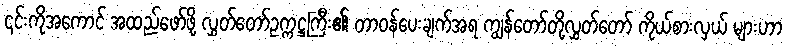
၎င်းကိုအကောင် အထည်ဖော်ဖို့ လွှတ်တော်ဥက္ကဋ္ဌကြီး၏ တာဝန်ပေးချက်အရ ကျွန်တော်တို့လွှတ်တော် ကိုယ်စားလှယ် များဟာ